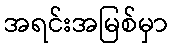
အရင်းအမြစ်မှာ